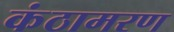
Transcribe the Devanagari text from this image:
कंठामरण